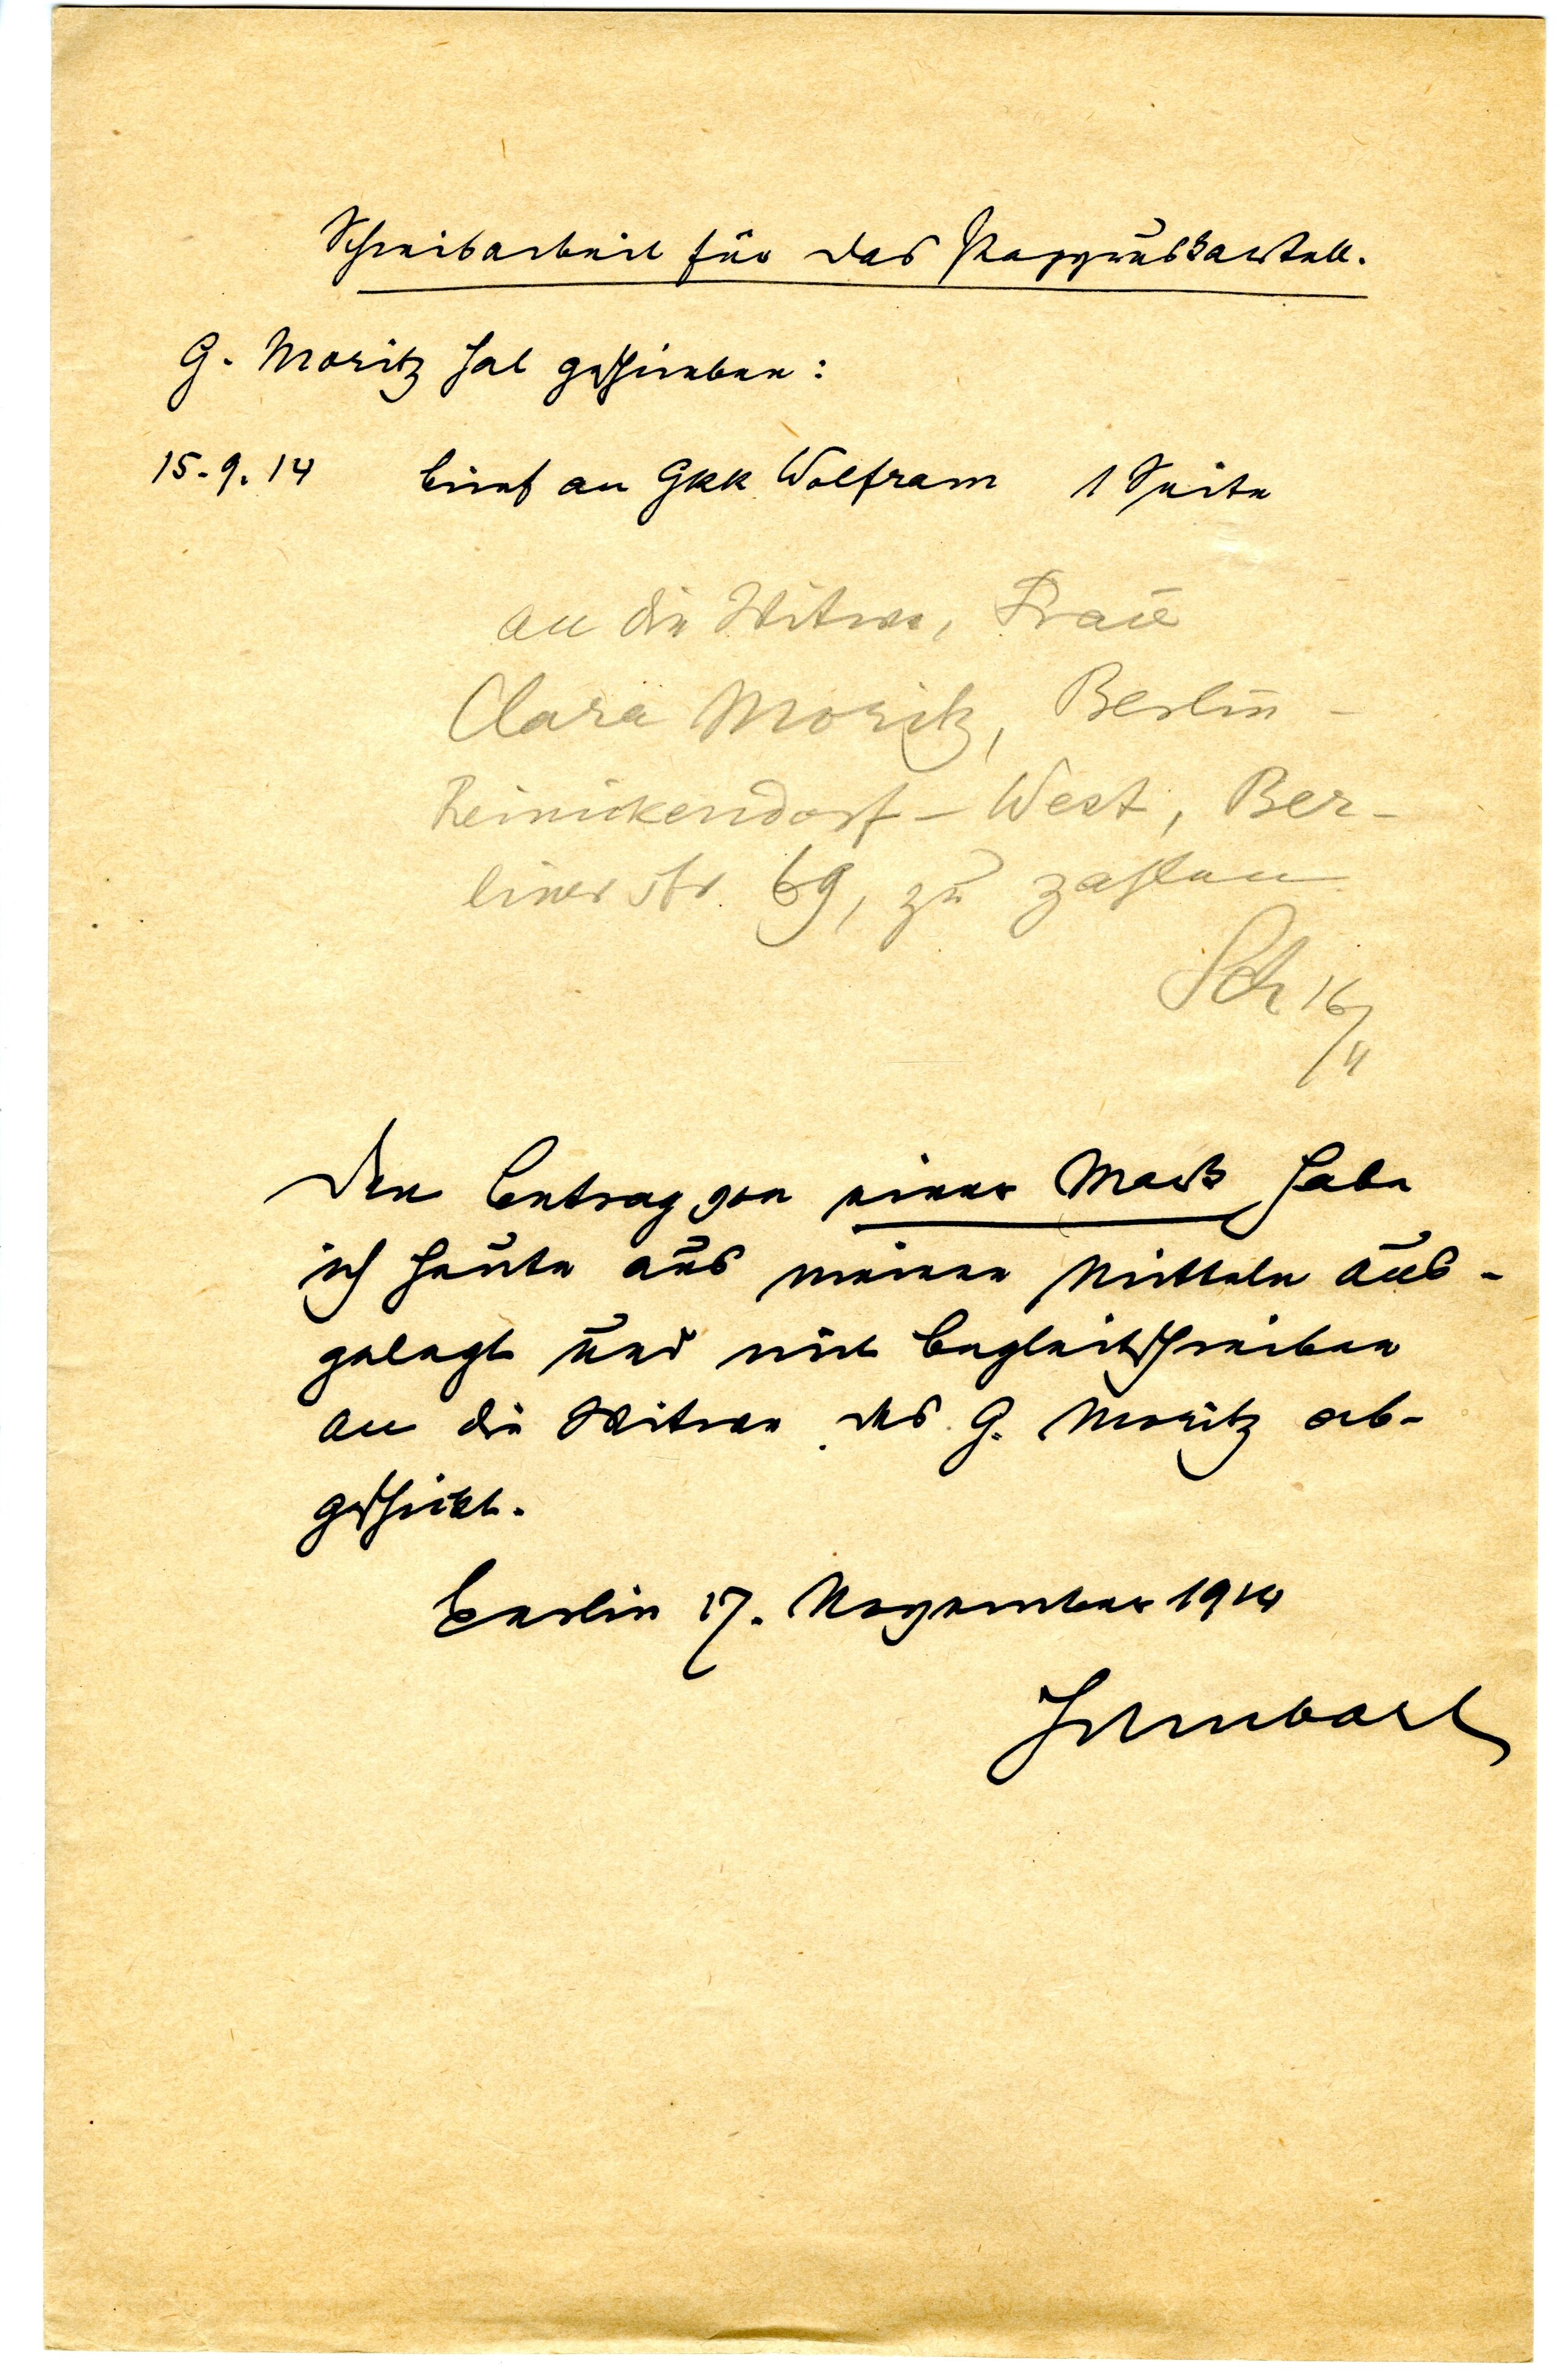
Schreibarbeit für das Papyruskartell
G. Moritz hat geschrieben
15.9.14 Brief an GRR Wolfram 1 Seite
an die Witwe, Frau
Clara Moritz, Berlin-
Reinickendorf - West, Ber¬
liner str. 69, zu zahlen
Sch 16/2
Den Betrag von einer Mark habe
ich heute aus meinen Mitteln aus¬
gelegt und mit Begleitschreiben
an die Witwe des G. Moritz ab¬
geschickt.
Berlin 17. November 1914
Schubart